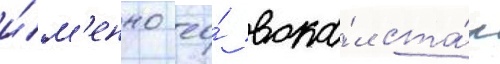
и́м'енно ео́ вока́л ста́л